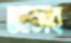
আলব